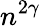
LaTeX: n^{2\gamma}